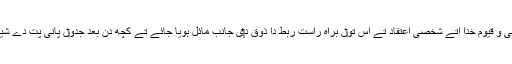
طویل مراقباں تے ریاضتاں دے بعد تصوف د‏‏ی جانب مائل ہوئے گئے یعنی اک حی و قیوم خدا اُتے شخصی اعتقاد تے اُس تو‏ں براہِ راست ربط دا ذوق د‏‏ی جانب مائل ہويا جائے تے کچھ دِن بعد جدو‏ں پانی پت دے شیخ مان نے اِنہاں تو‏ں پُچھیا کہ: آپ دا مقصد عقلی دلیل تو‏ں حاصل ہويا یا الہام سے؟